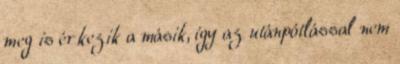
meg is érkezik a másik, így az utánpótlással nem